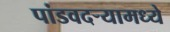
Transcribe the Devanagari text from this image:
पांडवदर्‍यामध्ये